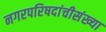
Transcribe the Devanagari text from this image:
नगरपरिषदांचीसंख्या